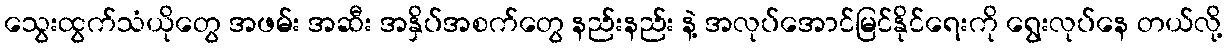
သွေးထွက်သံယိုတွေ အဖမ်း အဆီး အနှိပ်အစက်တွေ နည်းနည်း နဲ့ အလုပ်အောင်မြင်နိုင်ရေးကို ရွေးလုပ်နေ တယ်လို့